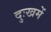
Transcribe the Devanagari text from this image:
दुःखमें